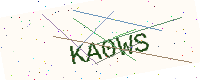
Text: KA0WS